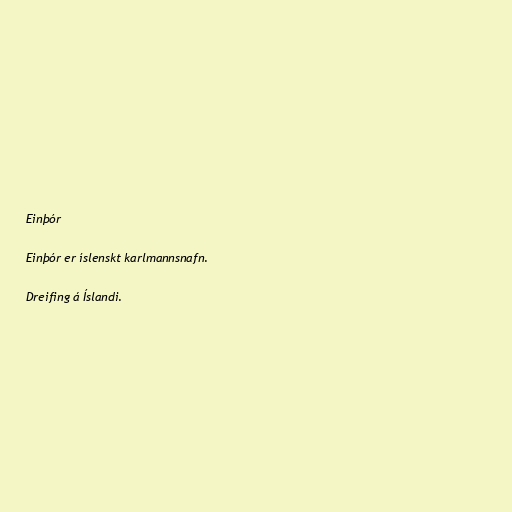
Einþór

Einþór er íslenskt karlmannsnafn.

Dreifing á Íslandi.